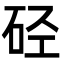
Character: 硁